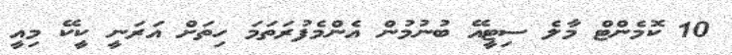
10 ކޮމެންޓް މާލެ ސިޓީއޭ ބުނުމުން އެންމެފުރަތަމަ ހިތަށް އަރަނީ ކީކޭ މިއީ